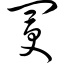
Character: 阌